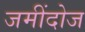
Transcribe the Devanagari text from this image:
जमींदोज